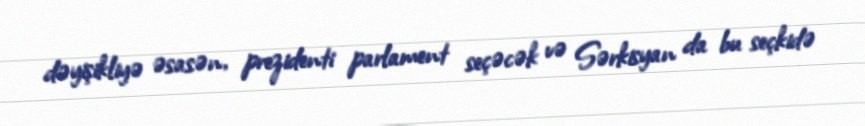
dəyişikliyə əsasən, prezidenti parlament seçəcək və Sərkisyan da bu seçkidə